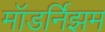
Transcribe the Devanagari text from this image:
मॉडर्निझम